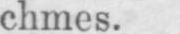
chmes.